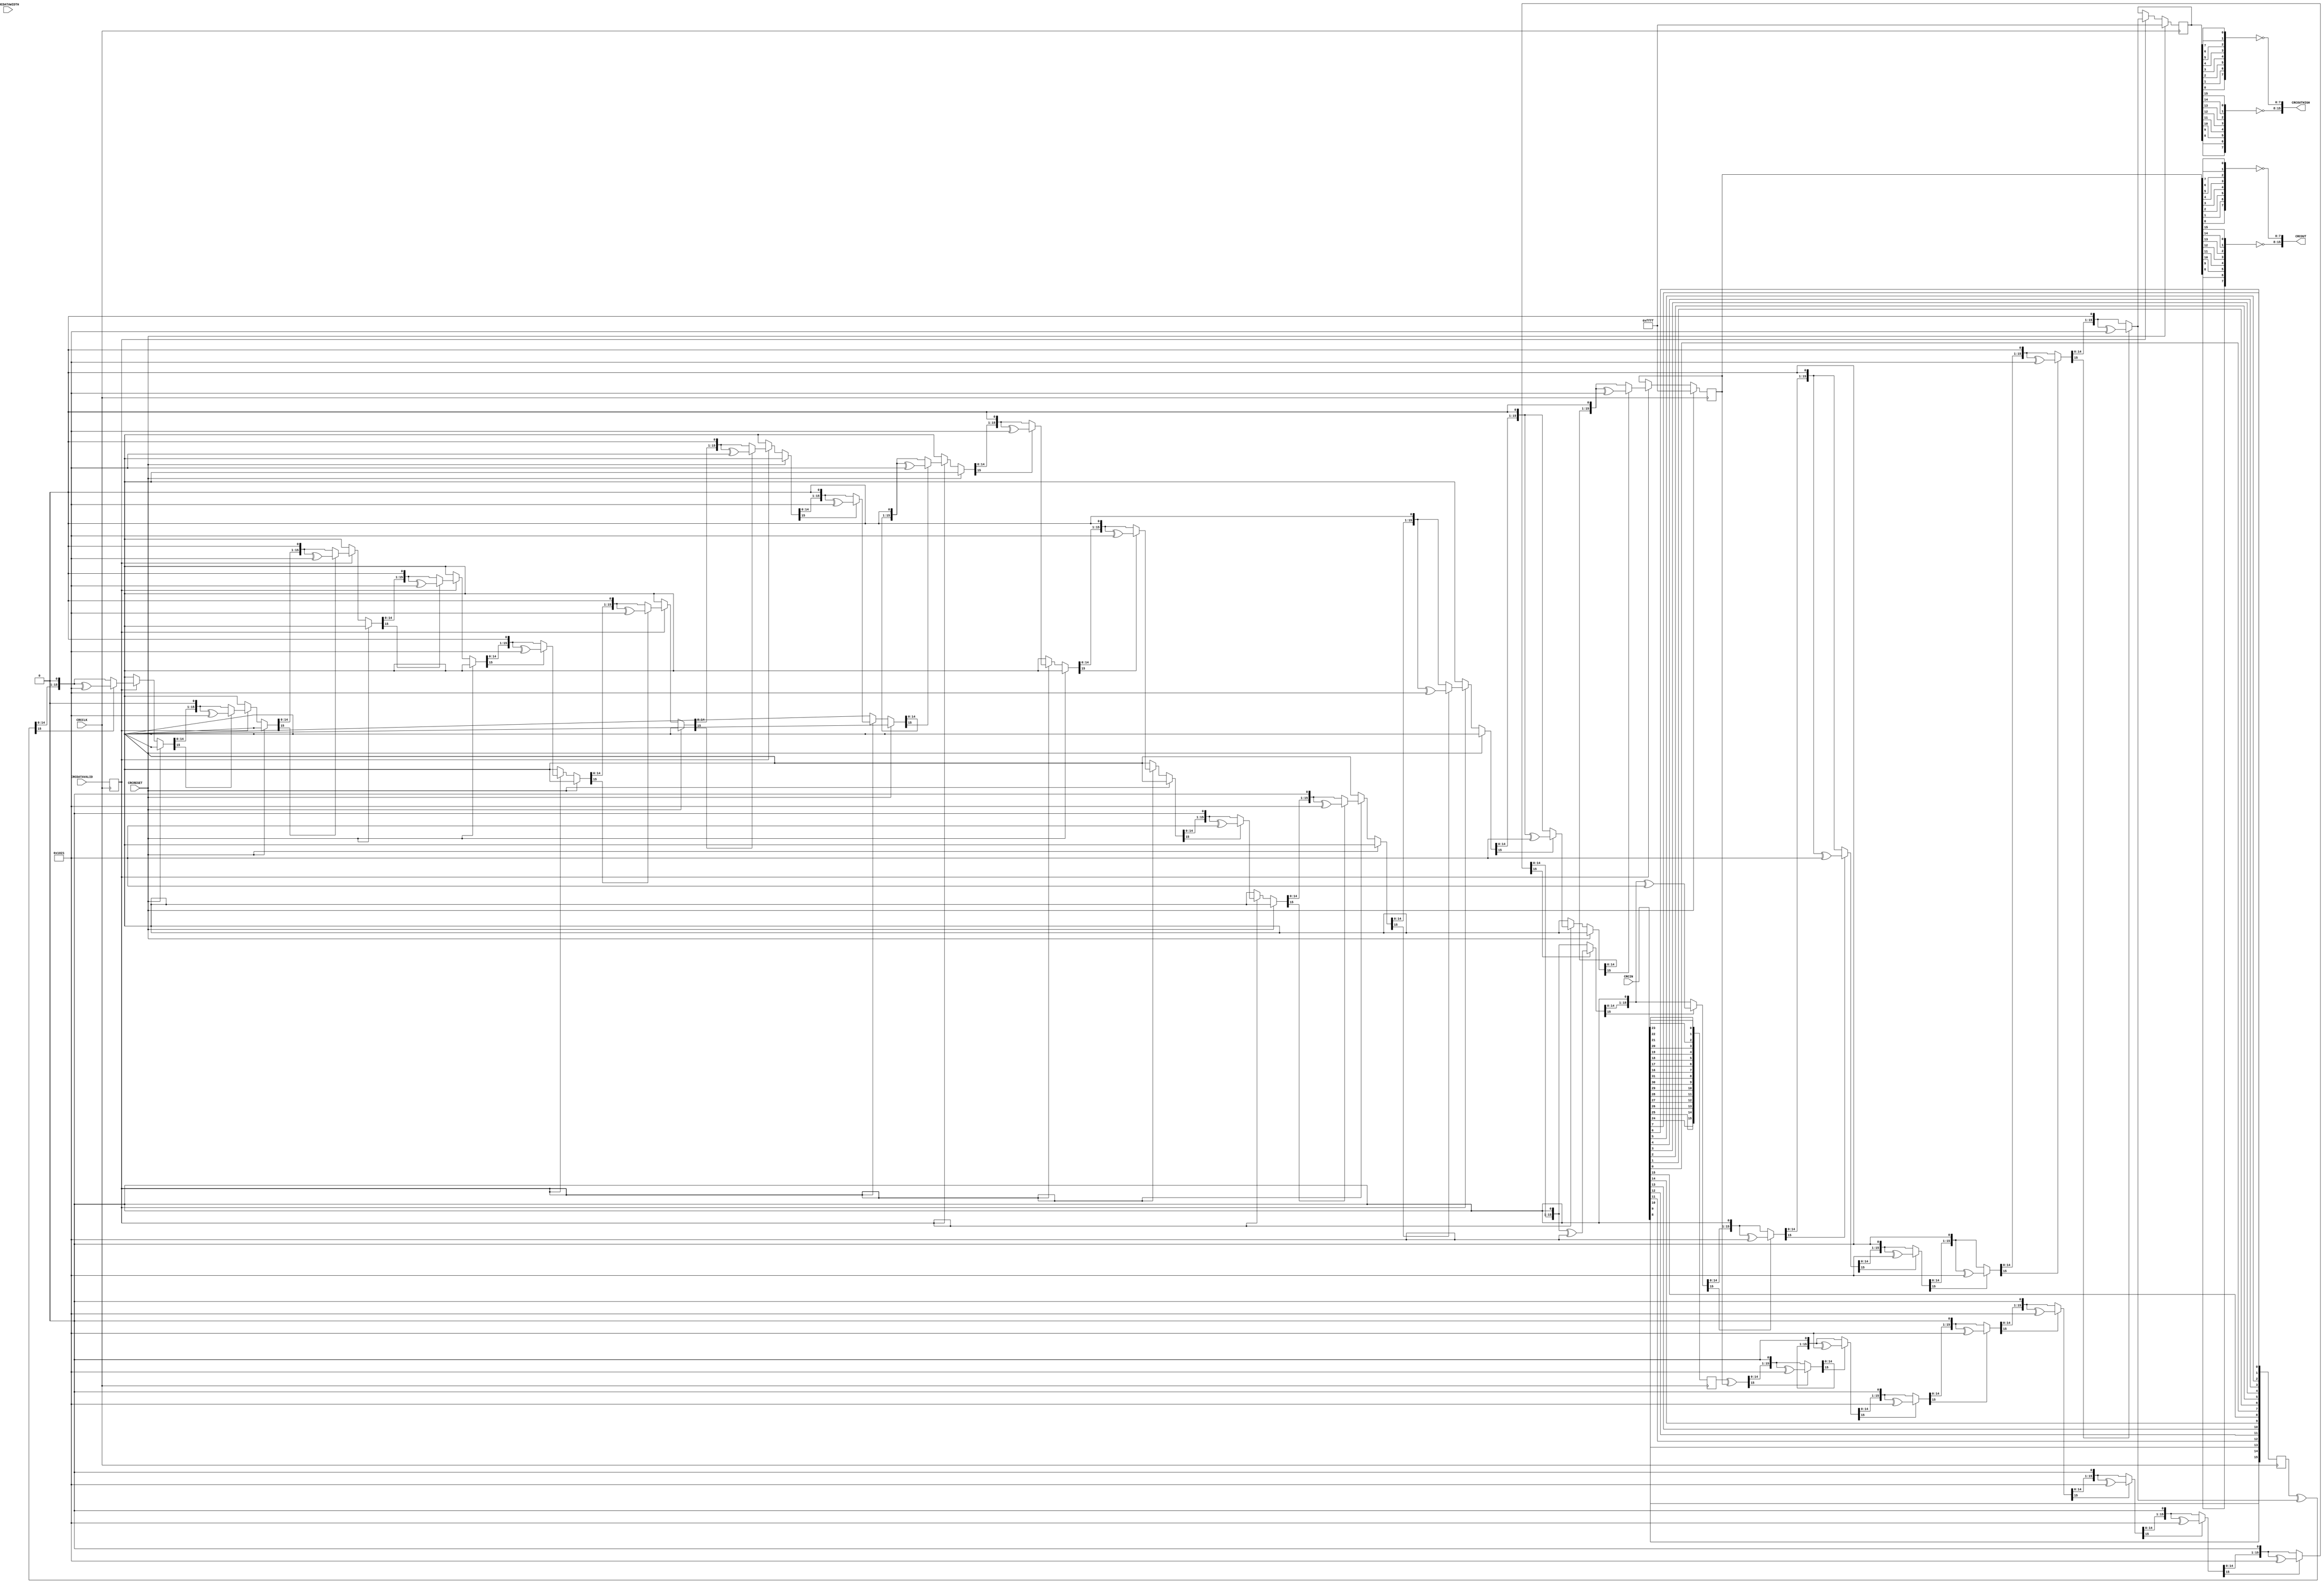
`timescale 1ns / 1ps
// Calculation of 2x CRC-16s in one cycle.
// CRCOUTHIGH is the "halfway-generated" CRC from the "first" 16 bits
// (the high word).
module dual_crc16(
        input CRCCLK,
        input CRCRESET,
        input CRCDATAVALID,
        input CRCDATAWIDTH,
        input [31:0] CRCIN,
        output [15:0] CRCOUT,
        output [15:0] CRCOUTHIGH
    );
    parameter [15:0] CRCINIT = {16{1'b1}};
    parameter [15:0] CRCPOLY = 16'h1021;
    
    function [15:0] crc16_calc;
        input [15:0] data_in;
        input [15:0] crc_in;
        input [15:0] poly;
        reg [16:0] msg;
        integer i;
        begin
            msg = data_in ^ crc_in;
            for (i=0;i<16;i=i+1) begin
                msg = msg << 1;
                if (msg[16] == 1'b1) msg[15:0] = msg[15:0] ^ poly;
            end
            crc16_calc = msg[15:0];
        end
    endfunction
    function [7:0] byte_reverse;
        input [7:0] inval;
        integer i;
        begin
            for (i=0;i<8;i=i+1) byte_reverse[i] = inval[7-i];
        end
    endfunction
    // this is used when we end on an odd number of 16-bit words
    reg [15:0] crc_highval = {16{1'b0}};    
    reg [15:0] crc_val = {16{1'b0}};
    reg [15:0] high_crc_val;    
    reg [15:0] high_crc_input = {16{1'b0}};
    reg [15:0] low_crc_input = {16{1'b0}};
    reg crc_datavalid = 0;
    // combinatorically generate the first CRC
    always @(crc_val or high_crc_input) high_crc_val <= crc16_calc(high_crc_input, crc_val, CRCPOLY);
    // and sequentially generate the second CRC
    always @(posedge CRCCLK) begin : CRC_PROCESS
        if (CRCRESET) crc_val <= CRCINIT;
        else if (crc_datavalid) crc_val <= crc16_calc(low_crc_input, high_crc_val, CRCPOLY);
        // just for consistency
        if (CRCRESET) crc_highval <= CRCINIT;
        else if (crc_datavalid) crc_highval <= high_crc_val;
    end
    // input data and control
    always @(posedge CRCCLK) begin
        crc_datavalid <= CRCDATAVALID;
        low_crc_input[15:8] <= byte_reverse(CRCIN[15:8]);
        low_crc_input[7:0] <= byte_reverse(CRCIN[7:0]);
        high_crc_input[15:8] <= byte_reverse(CRCIN[31:24]);
        high_crc_input[7:0] <= byte_reverse(CRCIN[23:16]);
    end
    assign CRCOUT[7:0] = ~byte_reverse(crc_val[7:0]);
    assign CRCOUT[15:8] = ~byte_reverse(crc_val[15:8]);
    assign CRCOUTHIGH[7:0] = ~byte_reverse(crc_highval[7:0]);
    assign CRCOUTHIGH[15:8] = ~byte_reverse(crc_highval[15:8]);
endmodule